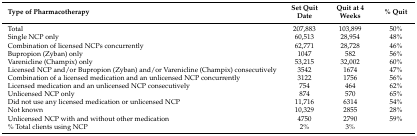
| Type of Pharmacotherapy | Set Quit Date | Quit at 4 Weeks | % Quit |
 | --- | --- | --- | --- |
 | Total | 207,883 | 103,899 | 50% |
 | Single NCP only | 60,513 | 28,954 | 48% |
 | Combination of licensed NCPs concurrently | 62,771 | 28,728 | 46% |
 | Bupropion (Zyban) only | 1047 | 582 | 56% |
 | Varenicline (Champix) only | 53,215 | 32,002 | 60% |
 | Licensed NCP and/or Bupropion (Zyban) and/or Varenicline (Champix) consecutively | 3542 | 1674 | 47% |
 | Combination of a licensed medication and an unlicensed NCP concurrently | 3122 | 1756 | 56% |
 | Licensed medication and an unlicensed NCP consecutively | 754 | 464 | 62% |
 | Unlicensed NCP only | 874 | 570 | 65% |
 | Did not use any licensed medication or unlicensed NCP | 11,716 | 6314 | 54% |
 | Not known | 10,329 | 2855 | 28% |
 | Unlicensed NCP with and without other medication | 4750 | 2790 | 59% |
 | % Total clients using NCP | 2% | 3% |  |